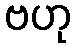
ဗဟု